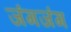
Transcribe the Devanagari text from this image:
जंगजंग